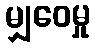
မျှဝေမှု